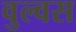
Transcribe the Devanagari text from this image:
वुल्वस